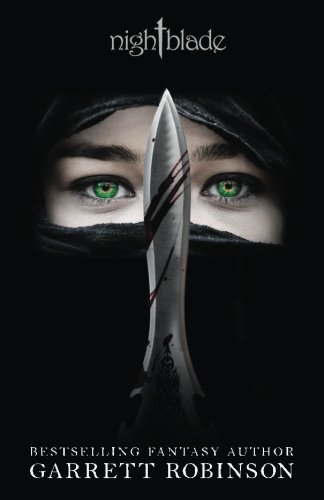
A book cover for Nightblade (The Nightblade Volumes) (Volume 1); Garrett Robinson; Science Fiction & Fantasy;